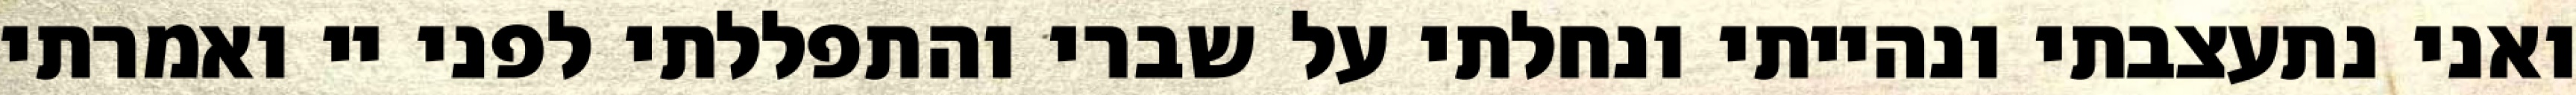
ואני נתעצבתי ונהייתי ונחלתי על שברי והתפללתי לפני יי ואמרתי